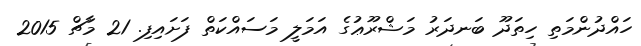
ހައްދުންމަތި ހިތަދޫ ބަނދަރު މަޝްރޫޢުގެ އަމަލީ މަސައްކަތް ފަށައިފި. 21 މާޗް 2015